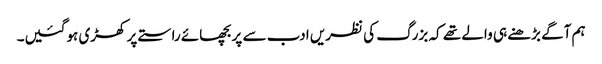
ہم آگے بڑھنے ہی والے تھے کہ بزرگ کی نظریں ادب سے پر بچھائے راستے پر کھڑی ہوگئیں۔